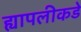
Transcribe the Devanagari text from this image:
ह्यापलीकडे